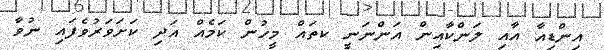
އިންޑިއާ އާއި ލަންކާއިން އަންނަނީ ކތައް މީހުން ކަމެއް އަދި ކަށަވަރުވެފައި ނުވާ